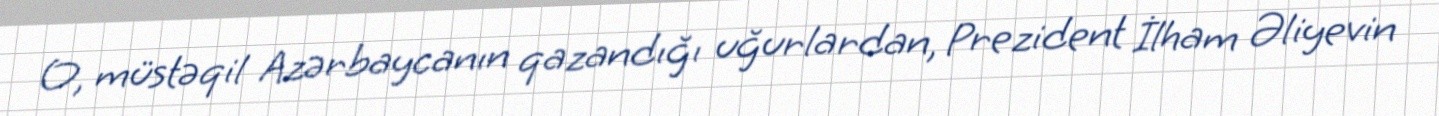
O, müstəqil Azərbaycanın qazandığı uğurlardan, Prezident İlham Əliyevin